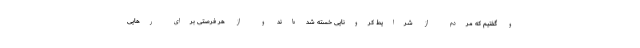
و گفتیم که مردم از شرایط کرونایی خسته شده‌اند و از هر فرصتی برای رهایی